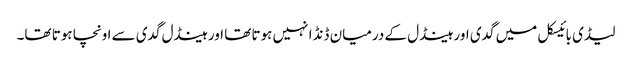
لیڈی بائیسکل میں گدی اور ہینڈل کے درمیان ڈنڈا نہیں ہوتا تھا اور ہینڈل گدی سے اونچا ہوتا تھا۔